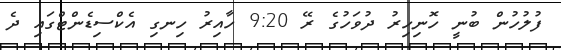
ފުލުހުން ބުނީ ހޮނިހިރު ދުވަހުގެ ރޭ 9:20 ހާއިރު ހިނގި އެކްސިޑެންޓްގައި ދެ